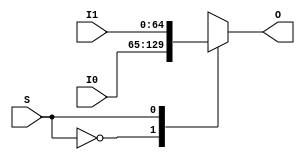
`ifndef _Mux2to1_65b
`define _Mux2to1_65b

module Mux2to1_65b(
    input wire S,
    input wire [64:0] I0,
    input wire [64:0] I1,
    output reg [64:0] O
);

    always @ * begin
        case (S)
            1'b0:
                O <= I0;
            1'b1:
                O <= I1;
            default: begin
                // exception
                O <= 0;
            end
        endcase
    end

endmodule

`endif